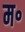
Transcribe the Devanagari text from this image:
म॰